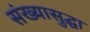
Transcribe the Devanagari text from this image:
संख्यासुद्धा